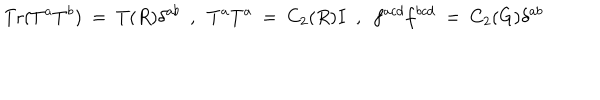
\mathrm { T r } ( T ^ { a } T ^ { b } ) ~ = ~ T ( R ) \delta ^ { a b } ~ ~ , ~ ~ T ^ { a } T ^ { a } ~ = ~ C _ { 2 } ( R ) I ~ ~ , ~ ~ f ^ { a c d } f ^ { b c d } ~ = ~ C _ { 2 } ( G ) \delta ^ { a b }